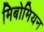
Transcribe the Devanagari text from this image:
मिबोमियन